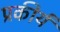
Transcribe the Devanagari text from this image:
प्रकीर्य